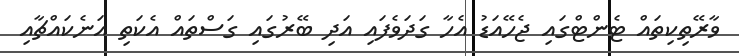
ވާރޭތިކިތައް ޓެންޓްގައި ޖެހޭއަޑު އެހާ ގަދަވެފައި އަދި ބޭރުގައި ގަސްތައް އެކަތި އަނެކައްޗާއި